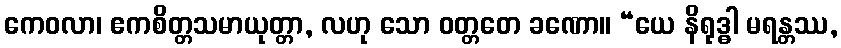
ကေဝလာ၊ ဧကစိတ္တသမာယုတ္တာ, လဟု သော ဝတ္တတေ ခဏော။ “ယေ နိရုဒ္ဓါ မရန္တဿ,